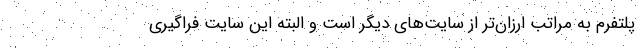
پلتفرم به مراتب ارزان‌تر از سایت‌های دیگر است و البته این سایت فراگیری